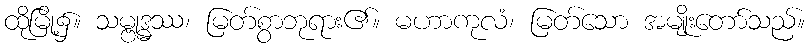
ထိုမြို့၌။ သမ္ဗုဒ္ဓဿ၊ မြတ်စွာဘုရား၏။ မဟာကုလံ၊ မြတ်သော အမျိုးတော်သည်။